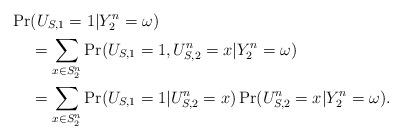
LaTeX: \begin{align*}\Pr&(U_{S,1}=1|Y_2^n=\omega)\\&=\sum_{x\in S_2^n} \Pr(U_{S,1}=1,U_{S,2}^n=x|Y_2^n=\omega)\\&=\sum_{x\in S_2^n} \Pr(U_{S,1}=1|U_{S,2}^n=x)\Pr(U_{S,2}^n=x|Y_2^n=\omega).\end{align*}